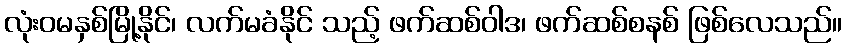
လုံးဝမနှစ်မြို့နိုင်၊ လက်မခံနိုင် သည့် ဖက်ဆစ်ဝါဒ၊ ဖက်ဆစ်စနစ် ဖြစ်လေသည်။